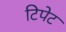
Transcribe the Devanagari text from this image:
टिपेट